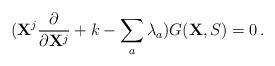
LaTeX: \begin{align*}({\bf X}^j\frac{\partial}{\partial {\bf X}^j}+k-\sum_a\lambda_a)G({\bf X},S)=0\,.\end{align*}